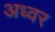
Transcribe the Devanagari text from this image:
अध्वर